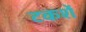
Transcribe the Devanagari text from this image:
टकशें